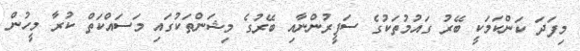
މިފަދަ ކަންކަމަކީ ބޭރު ގައުމުތަކުގެ ސަފީރުންނާއި ބޭރުގެ މިޝަންތަކުގައި މަސައްކަތް ކުރާ މީހުން